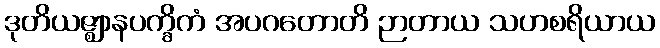
ဒုတိယဇ္ဈာနပက္ခိကံ အပဂတောတိ ဉာတာယ သဟစရိယာယ